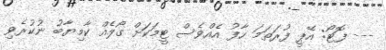
--- ފޮޓޯ: އޭޕީ ފުރަތަމަ ހާފު އެއްވެސް ޓީމަކަށް ގޯލެއް ކާމިޔާބު ނުކުރެވި